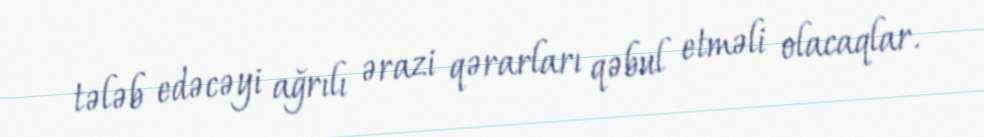
tələb edəcəyi ağrılı ərazi qərarları qəbul etməli olacaqlar.